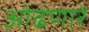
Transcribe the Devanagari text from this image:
ओढणारे